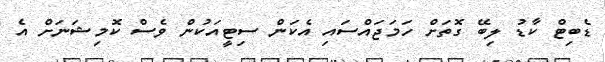
ޑެބިޓް ކާޑު ލިބޭ ގޮތަށް ހަމަޖައްސައި އެކަން ސިޓީއަކުން ވެސް ކޮމިޝަނަށް އެ